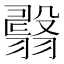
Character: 𦒇